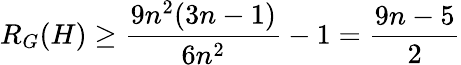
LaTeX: R_{G}(H)\geq\frac{9n^{2}(3n-1)}{6n^{2}}-1=\frac{9n-5}{2}